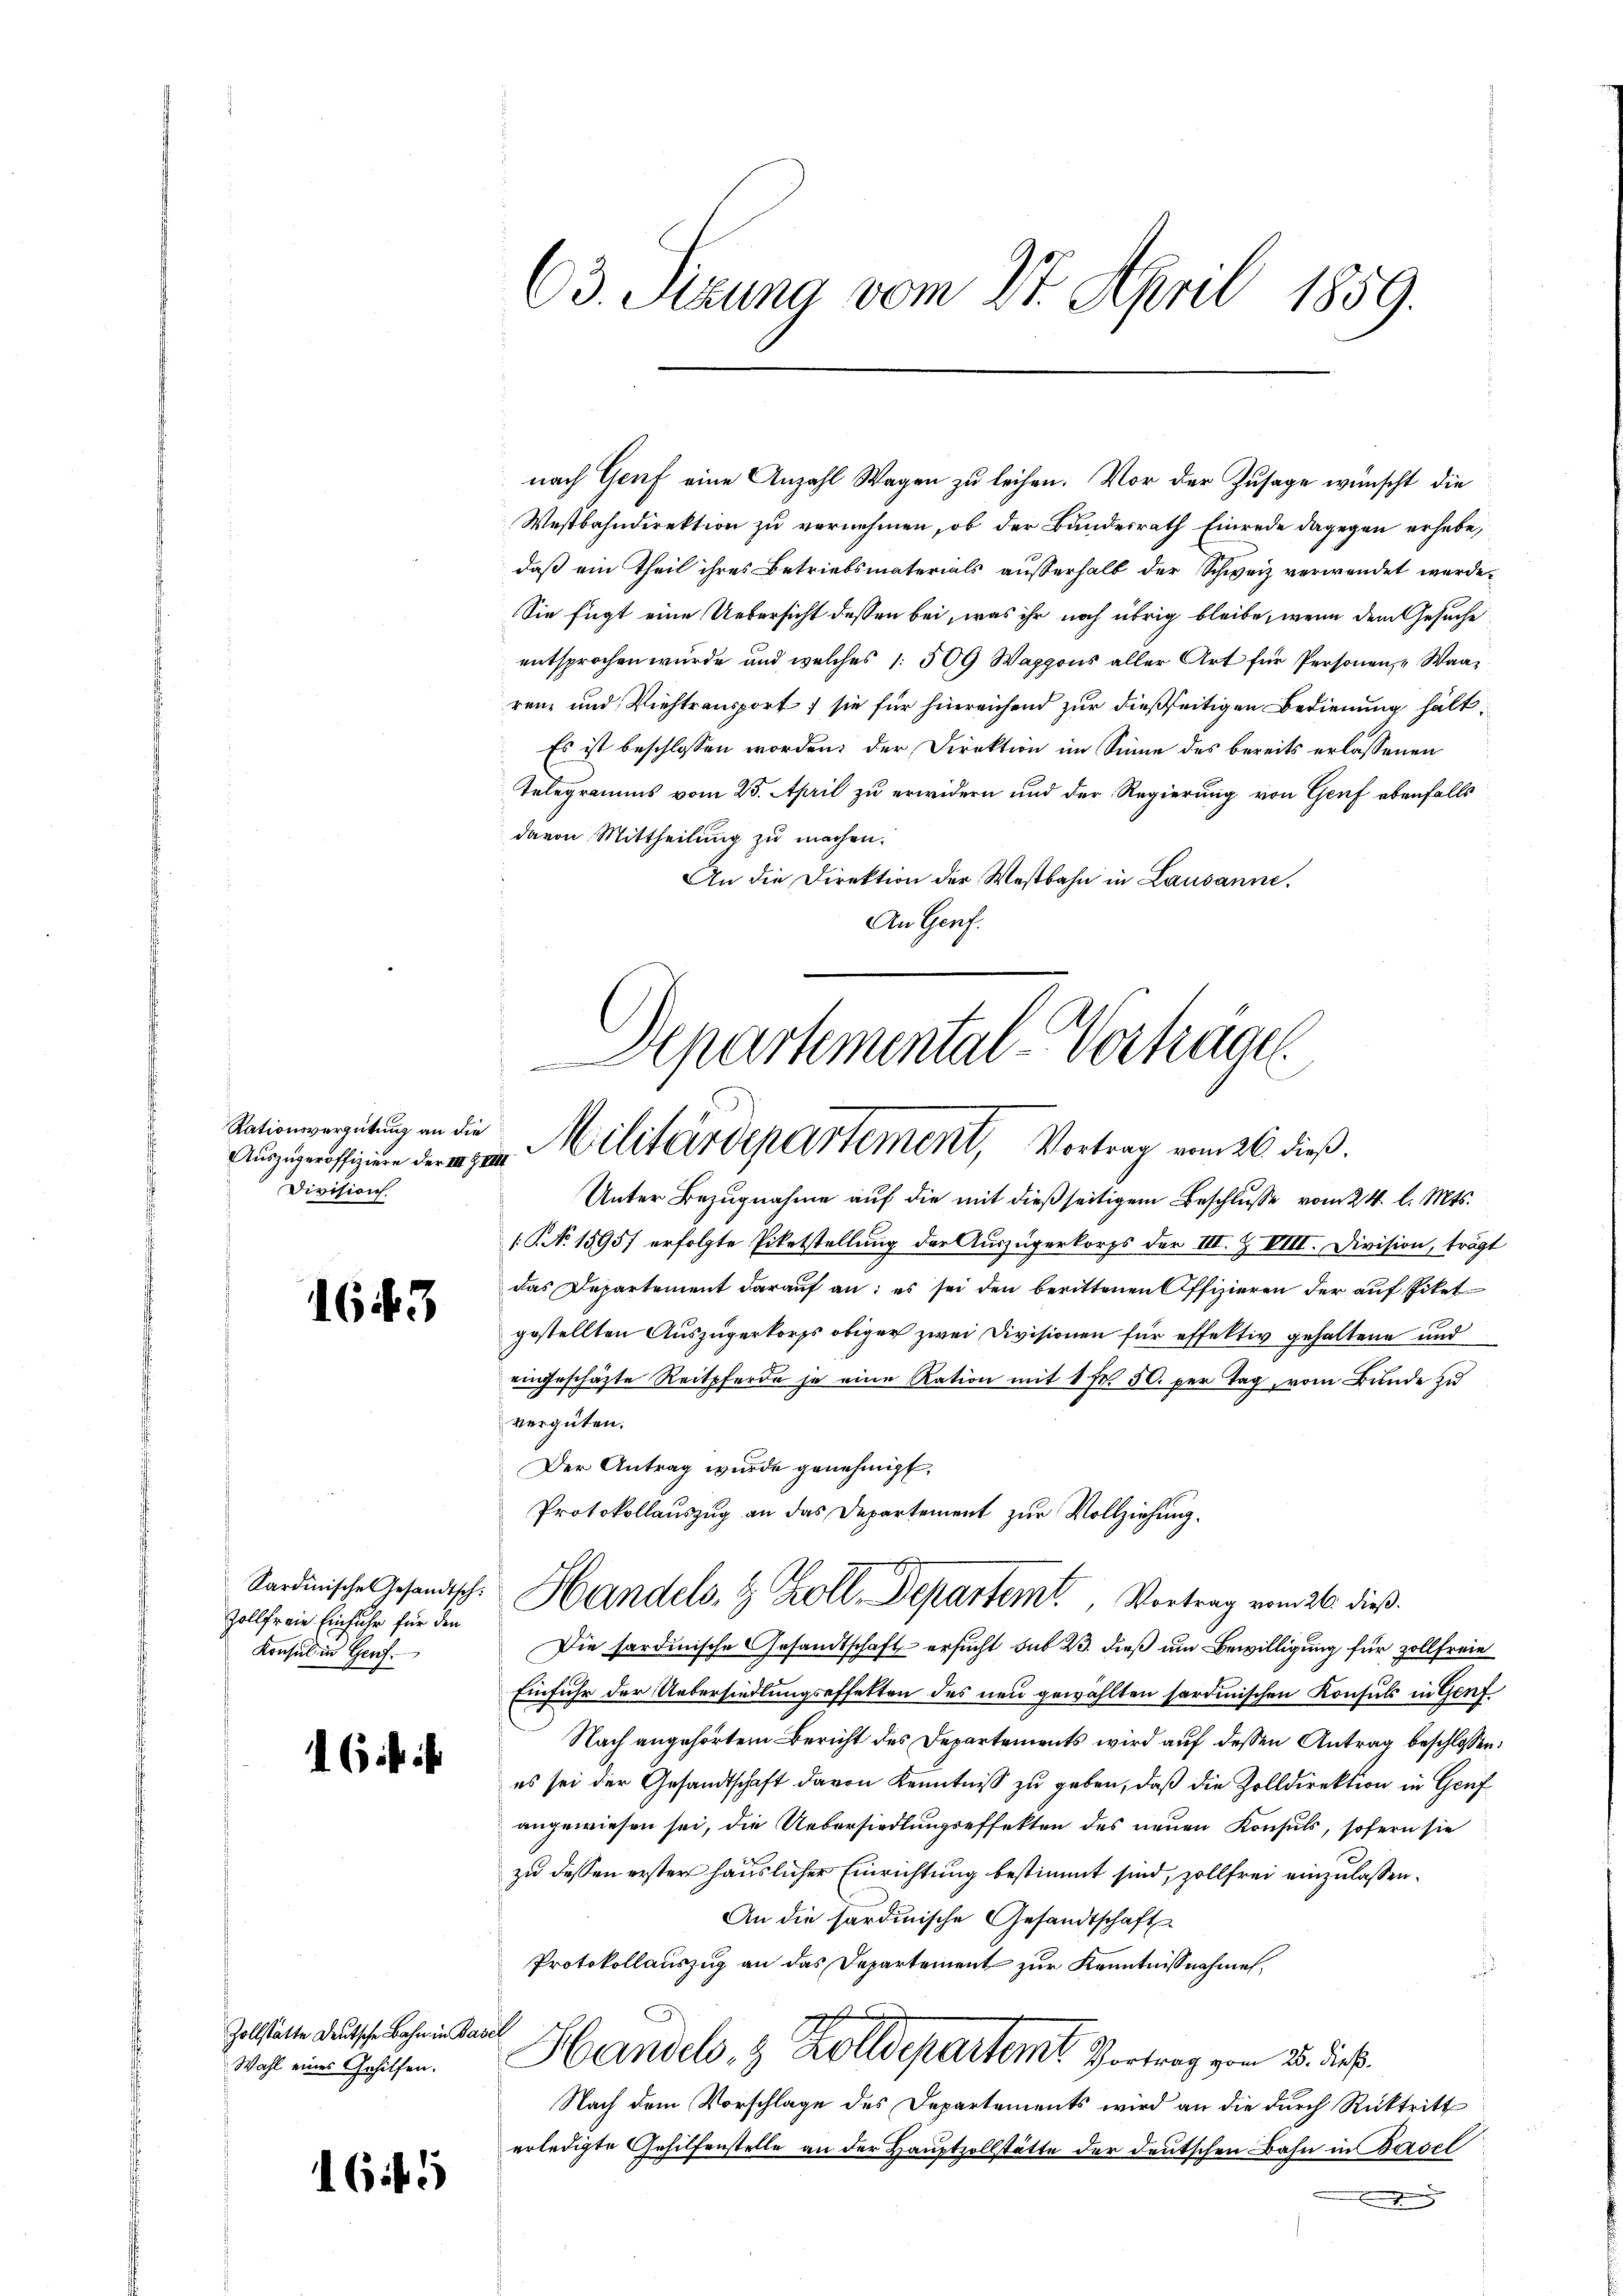
Rationsvergütung an die
Auszugeroffiziere der III. Z VIII
Division.

1643

Sardinische Gesandtsch
Zollfreie Einfuhr für den
Konsul in Genf

6 ist ihr

Zollstätte deutsche Bahn in Basel
Wahl eines Gehilfen.

16 f 5

63. Sezung vom 27. April 1859.

nach Genf eine Anzahl Wagen zu leihen. Vor der Zusage wünscht die
Westbahndirektion zu vernehmen, ob der Bundesrath Einrede dagegen erhebe,
daß ein Theil ihres Betriebsmaterials außerhalb der Schweiz verwendet werde.
Sie fügt eine Uebersicht dessen bei, was ihr noch übrig bleibe, wenn dem Gesuche
entsprochen wurde und welches 1 509 Waggons aller Art für Personen, u. Waarenz und Viehtransport, sie für hinreichend zur dießseitigen Bedienung hält
Es ist beschlossen worden; der Direktion im Sinne des bereits erlassenen
Telegramms vom 25. April zu erwidern und der Regierung von Genf ebenfalls
davon Mittheilung zu machen.
An die Direktion der Westbahn in Lausanne.
An Genf.
Departemental-Verhäge

Militärdepartement, Vortrag vom 26. dieß.

Unter Bezugnahme auf die mit dießseitigem Beschlusse vom 24. l. Mts.
1 No 15957 erfolgte Pietstellung der Auszügerkorps der III. Z VIII. Division, trägt
das Departement darauf an: es sei den berittenen Offizieren der auf Piket
.
gestellten Auszügerkorps obiger zwei Divisionen für effektiv gehaltene und
eingeschäfte Reitpferde je eine Ration mit 1 Fr. 50. per Tag, vom Bunde zu
vergüten.
Der Antrag wurde genehmigt,
Die sardinische Gesandtschaft ersucht sub 23. dieß um Bewilligung für zollfreie
Einfuhr der Uebersiedlungseffetten des neu gewählten sardinischen Konsuls in Genf
Nach angehörtem Bericht des Departements wird auf dessen Antrag beschlossen:
es sei der Gesandtschaft davon Kenntniß zu geben, daß die Zolldirektion in Genf
angewiesen sei, die Uebersiedlungseffekten des neuen Konsuls, sofern sie
zu dessen erster häuslicher Einrichtung bestimmt sind, zollfrei einzulassen.
An die sardinische Gesandtschaft
Protokollauszug an das Departement zur Kenntnißnahme,
Handels- & Zolldepartemt Vortrag vom 25. dieß.
Nach dem Vorschlage des Departements wird an die durch Rücktritt
erledigte Gehilfenstelle an der Hauptzollstätte der deutschen Bahn in Basel
d

Protokollauszug an das Departement zur Vollziehung.
 Handels, & Zoll Departem Vortrag vom 26. dieß.